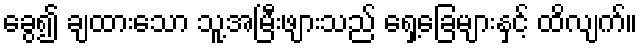
ခွေ၍ ချထားသော သူ့အမြီးဖျားသည် ရှေ့ခြေများနှင့် ထိလျက်။